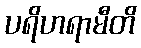
ပရိဟရာမီတိ